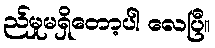
ည်မှုမရှိတော့ပါ လေပြီ။